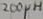
Text: 200µH